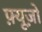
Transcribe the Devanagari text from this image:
फ़्यूज़ो